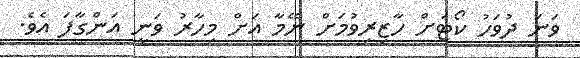
ވަނަ ދުވަހު ކޯޓަށް ހާޒިރިވުމަށް ނޭމާ އަށް މިހާރު ވަނީ އަންގާފަ އެވެ.